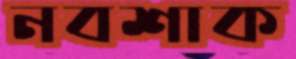
নবশাক